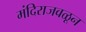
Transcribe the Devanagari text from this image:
मंदिराजवळून